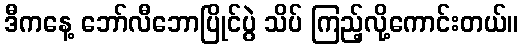
ဒီကနေ့ ဘော်လီဘောပြိုင်ပွဲ သိပ် ကြည့်လို့ကောင်းတယ်။